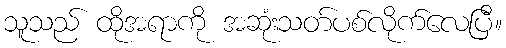
သူသည် ထိုအရာကို အဆုံးသတ်ပစ်လိုက်လေပြီ။